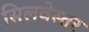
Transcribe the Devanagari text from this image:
सिलवेस्तर